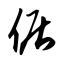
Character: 倨